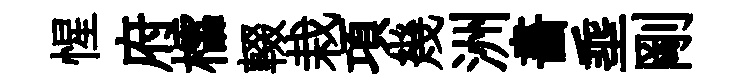
惺府櫺輟栽項幾洲畵埀剛